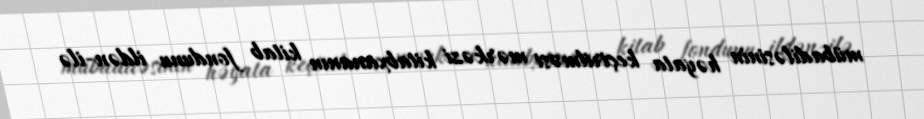
mübadiləsinin həyata keçirilməsi mərkəzi kitabxananın kitab fondunu ildən-ilə